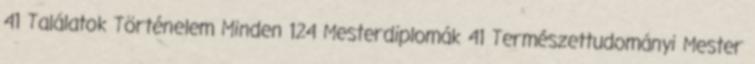
41 Találatok Történelem Minden 124 Mesterdiplomák 41 Természettudományi Mester